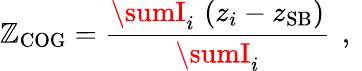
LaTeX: \mathbb{Z}_{\mathrm{{COG}}}=\frac{{\sumI_{i}\, \left(z_{i}-z_{\mathrm{{SB}}}\right)}}{{\sumI_{i}}}\, \mathrm{{~,~}}